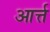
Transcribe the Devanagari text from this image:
आर्त्त